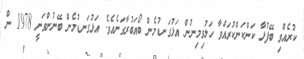
ކުރެއްވި ބޭފުޅާ ކަންކަންކުރައްވާ ހަލުވިމިނުން އަޅުގަނޑުމެން ބޯއަބުރާގަނެއެވެ. އަޅުގަނޑުމެން ބޭނުންވަނީ 1978 ން